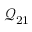
\mathcal { Q } _ { 2 1 }